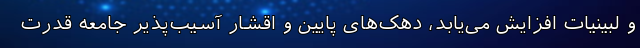
و لبینیات افزایش می‌یابد، دهک‌های پایین و اقشار آسیب‌پذیر جامعه قدرت